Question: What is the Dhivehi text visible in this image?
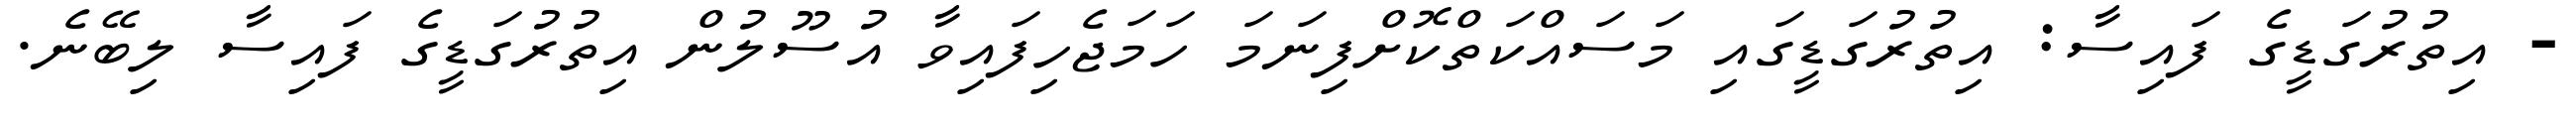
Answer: - އިތުރުގަޑީގެ ފައިސާ: އިތުރުގަޑީގައި މަސައްކަތްކޮށްފިނަމަ ހަމަޖެހިފައިވާ އުސޫލުން އިތުރުގަޑީގެ ފައިސާ ލިބޭނެ.